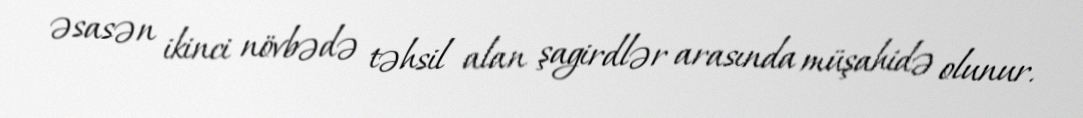
əsasən ikinci növbədə təhsil alan şagirdlər arasında müşahidə olunur.